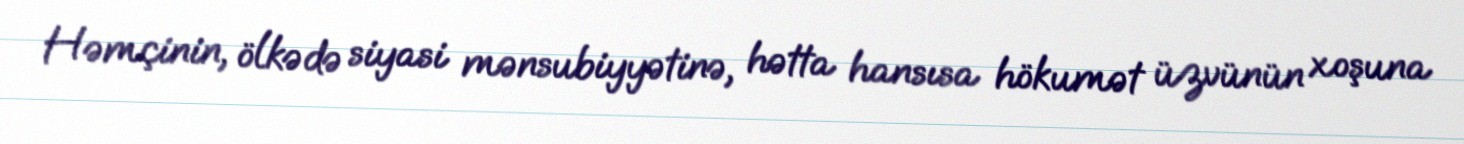
Həmçinin, ölkədə siyasi mənsubiyyətinə, hətta hansısa hökumət üzvünün xoşuna